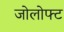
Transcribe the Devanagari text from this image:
जोलोफ्ट